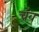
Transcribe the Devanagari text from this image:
चंव